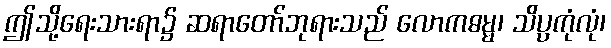
ဤသို့ရေးသားရာ၌ ဆရာတော်ဘုရားသည် လောကဓမ္မ၊ သိပ္ပကုံလုံ၊